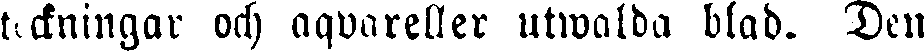
teckningar och aquareller utwalda blad. Den